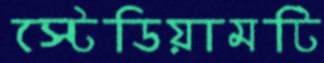
স্টেডিয়ামটি